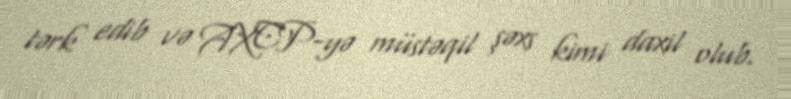
tərk edib və AXCP-yə müstəqil şəxs kimi daxil olub.